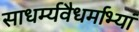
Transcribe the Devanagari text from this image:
साधर्म्यवैधर्माभ्यां